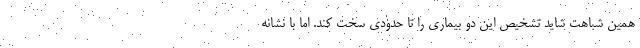
همین شباهت شاید تشخیص این دو بیماری را تا حدودی سخت کند. اما با نشانه